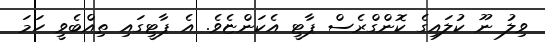
ވިލު ނޫ ކުލައިގެ ކޮންގްރެސް ޕާޓީ އެކަންޏެވެ. އެ ޕާޓީގައި ތިއްބެވީ ހަމަ